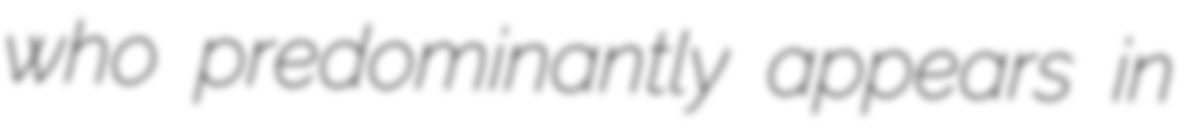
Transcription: who predominantly appears in